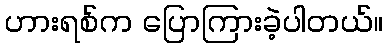
ဟားရစ်က ပြောကြားခဲ့ပါတယ်။